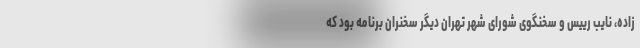
زاده، نایب رییس و سخنگوی شورای شهر تهران دیگر سخنران برنامه بود که